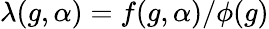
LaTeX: \lambda(g,\alpha)=f(g,\alpha)/\phi(g)